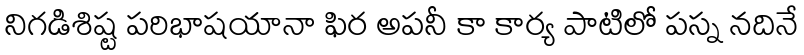
నిగడిశిష్ట పరిభాషయానా ఫిర అపనీ కా కార్య పాటిలో పస్న నదినే